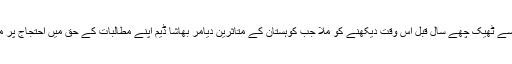
یہ منظر آج سے ٹھیک چھے سال قبل اس وقت دیکھنے کو ملا جب کوہستان کے متاثرین دیامر بھاشا ڈیم اپنے مطالبات کے حق میں احتجاج پر مجبور ہوئے۔